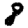
Digit: 8